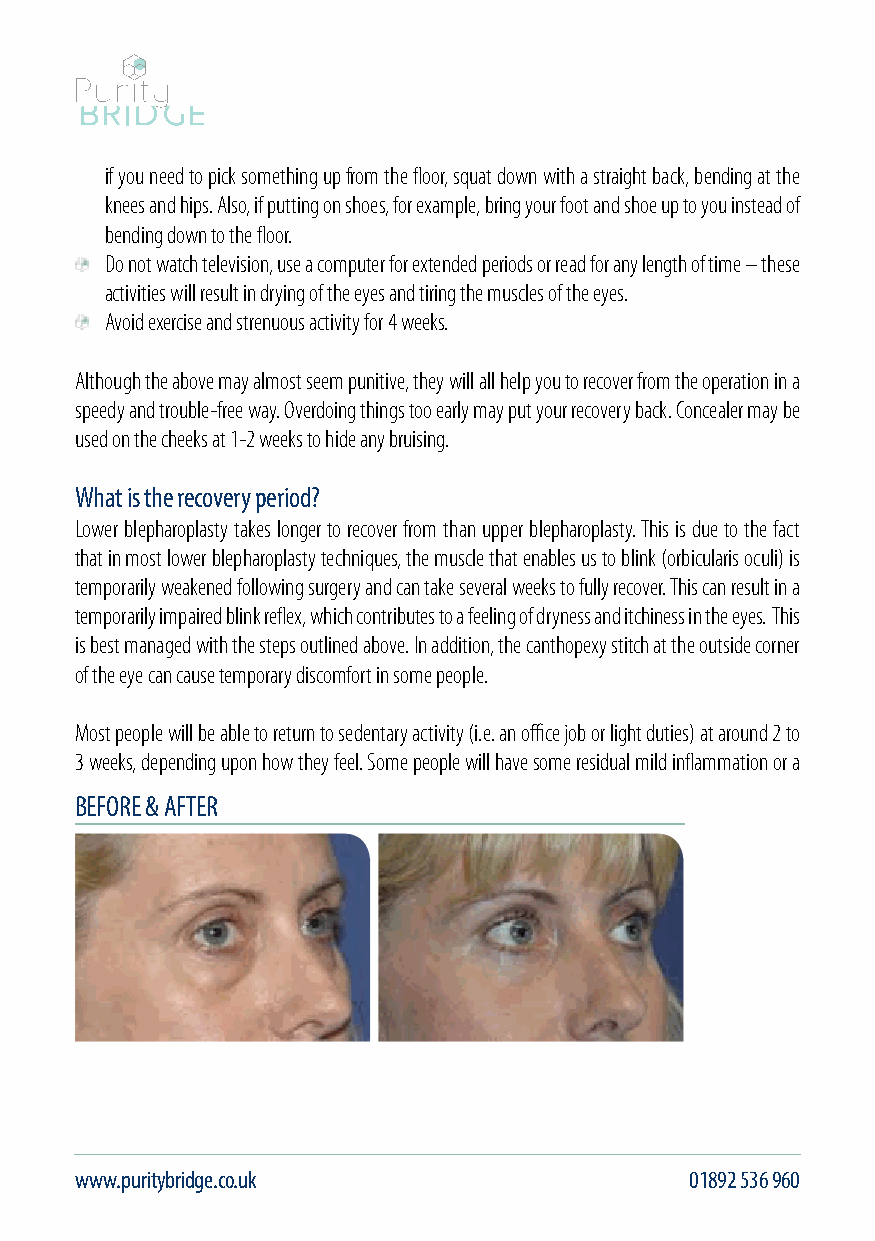
if you need to pick something up from the floor, squat down with a straight back, bending at the
 knees and hips. Also, if putting on shoes, for example, bring your foot and shoe up to you instead of
 bending down to the floor.
 Do not watch television, use a computer for extended periods or read for any length of time – these
 activities will result in drying of the eyes and tiring the muscles of the eyes.
 Avoid exercise and strenuous activity for 4 weeks.
 Although the above may almost seem punitive, they will all help you to recover from the operation in a
 speedy and trouble-free way. Overdoing things too early may put your recovery back. Concealer may be
 used on the cheeks at 1-2 weeks to hide any bruising.
 What is the recovery period?
 Lower blepharoplasty takes longer to recover from than upper blepharoplasty. This is due to the fact
 that in most lower blepharoplasty techniques, the muscle that enables us to blink (orbicularis oculi) is
 temporarily weakened following surgery and can take several weeks to fully recover. This can result in a
 temporarily impaired blink reflex, which contributes to a feeling of dryness and itchiness in the eyes. This
 is best managed with the steps outlined above. In addition, the canthopexy stitch at the outside corner
 of the eye can cause temporary discomfort in some people.
 Most people will be able to return to sedentary activity (i.e. an office job or light duties) at around 2 to
 3 weeks, depending upon how they feel. Some people will have some residual mild inflammation or a
 BEFORE & AFTER
 www.puritybridge.co.uk                   01892 536 960                                        info@puritybridge.co.uk